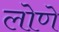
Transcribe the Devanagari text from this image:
लोणे